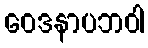
ဝေဒနာပဘဝါ